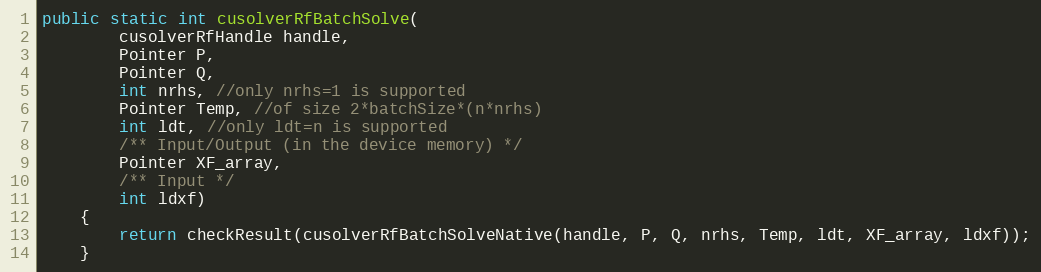
Language: Java
public static int cusolverRfBatchSolve(
        cusolverRfHandle handle,
        Pointer P,
        Pointer Q,
        int nrhs, //only nrhs=1 is supported
        Pointer Temp, //of size 2*batchSize*(n*nrhs)
        int ldt, //only ldt=n is supported
        /** Input/Output (in the device memory) */
        Pointer XF_array,
        /** Input */
        int ldxf)
    {
        return checkResult(cusolverRfBatchSolveNative(handle, P, Q, nrhs, Temp, ldt, XF_array, ldxf));
    }